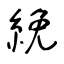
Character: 絻